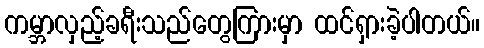
ကမ္ဘာလှည့်ခရီးသည်တွေကြားမှာ ထင်ရှားခဲ့ပါတယ်။